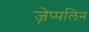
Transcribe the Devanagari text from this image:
ज़ेप्पलिन